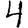
Digit: 4